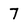
Character: 7